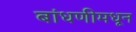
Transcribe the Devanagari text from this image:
बांधणीमधून